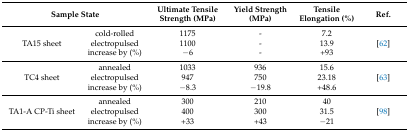
<table><thead><tr><td colspan="2"><b>Sample State</b></td><td><b>Ultimate Tensile Strength (MPa)</b></td><td><b>Yield Strength (MPa)</b></td><td><b>Tensile Elongation (%)</b></td><td><b>Ref.</b></td></tr></thead><tbody><tr><td rowspan="3">TA15 sheet</td><td>cold-rolled</td><td>1175</td><td>-</td><td>7.2</td><td rowspan="3">[62]</td></tr><tr><td>electropulsed</td><td>1100</td><td>-</td><td>13.9</td></tr><tr><td>increase by (%)</td><td>−6</td><td>-</td><td>+93</td></tr><tr><td rowspan="3">TC4 sheet</td><td>annealed </td><td>1033</td><td>936</td><td>15.6</td><td rowspan="3">[63]</td></tr><tr><td>electropulsed</td><td>947</td><td>750</td><td>23.18</td></tr><tr><td>increase by (%)</td><td>−8.3</td><td>−19.8</td><td>+48.6</td></tr><tr><td rowspan="3">TA1-A CP-Ti sheet</td><td>annealed</td><td>300</td><td>210</td><td>40</td><td rowspan="3">[98]</td></tr><tr><td>electropulsed</td><td>400</td><td>300</td><td>31.5</td></tr><tr><td>increase by (%)</td><td>+33</td><td>+43</td><td>−21</td></tr></tbody></table>